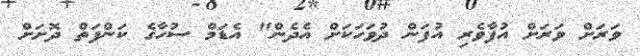
ވަރަށް ވަރަށް އުފާވެރި އުފަން ދުވަހަކަށް އެދެން" އެޑަމް ސުހާގެ ކަންފަތް ދޮށަށް